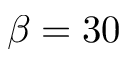
\beta = 3 0